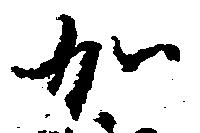
加